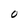
Character: O